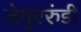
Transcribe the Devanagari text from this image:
जेगुएरुंडी